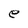
Character: e